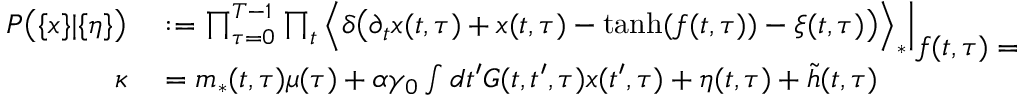
\begin{array} { r l } { P \big ( \{ x \} | \{ \eta \} \big ) } & { { } : = \prod _ { \tau = 0 } ^ { T - 1 } \prod _ { t } \Big \langle \delta \big ( \partial _ { t } x ( t , \tau ) + x ( t , \tau ) - \mathrm { t a n h } ( f ( t , \tau ) ) - \xi ( t , \tau ) \big ) \Big \rangle _ { * } \Big | _ { \displaystyle f ( t , \tau ) = \kappa } } \\ { \kappa } & { { } = m _ { * } ( t , \tau ) \mu ( \tau ) + \alpha \gamma _ { 0 } \int d t ^ { \prime } G ( t , t ^ { \prime } , \tau ) x ( t ^ { \prime } , \tau ) + \eta ( t , \tau ) + \tilde { h } ( t , \tau ) } \end{array}